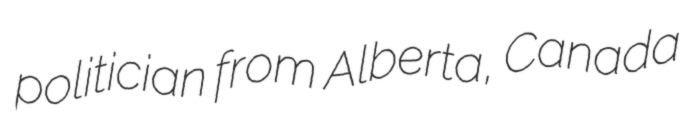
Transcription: politician from Alberta, Canada